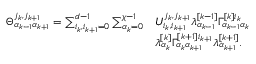
\begin{array} { r l } { \Theta _ { \alpha _ { k - 1 } \alpha _ { k + 1 } } ^ { j _ { k } , j _ { k + 1 } } = \sum _ { i _ { k } , i _ { k + 1 } = 0 } ^ { d - 1 } \sum _ { \alpha _ { k } = 0 } ^ { \chi - 1 } } & { U _ { i _ { k } , i _ { k + 1 } } ^ { j _ { k } , j _ { k + 1 } } \lambda _ { \alpha _ { k - 1 } } ^ { [ k - 1 ] } \Gamma _ { \alpha _ { k - 1 } \alpha _ { k } } ^ { [ k ] i _ { k } } } \\ & { \lambda _ { \alpha _ { k } } ^ { [ k ] } \Gamma _ { \alpha _ { k } \alpha _ { k + 1 } } ^ { [ k + 1 ] i _ { k + 1 } } \lambda _ { \alpha _ { k + 1 } } ^ { [ k + 1 ] } . } \end{array}